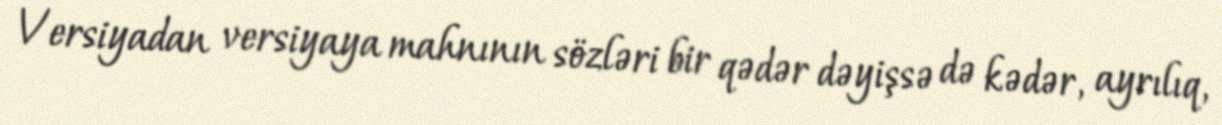
Versiyadan versiyaya mahnının sözləri bir qədər dəyişsə də kədər, ayrılıq,